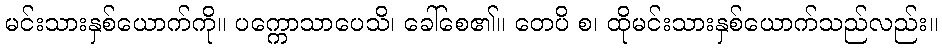
မင်းသားနှစ်ယောက်ကို။ ပက္ကောသာပေသိ၊ ခေါ်စေ၏။ တေပိ စ၊ ထိုမင်းသားနှစ်ယောက်သည်လည်း။